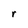
Character: r